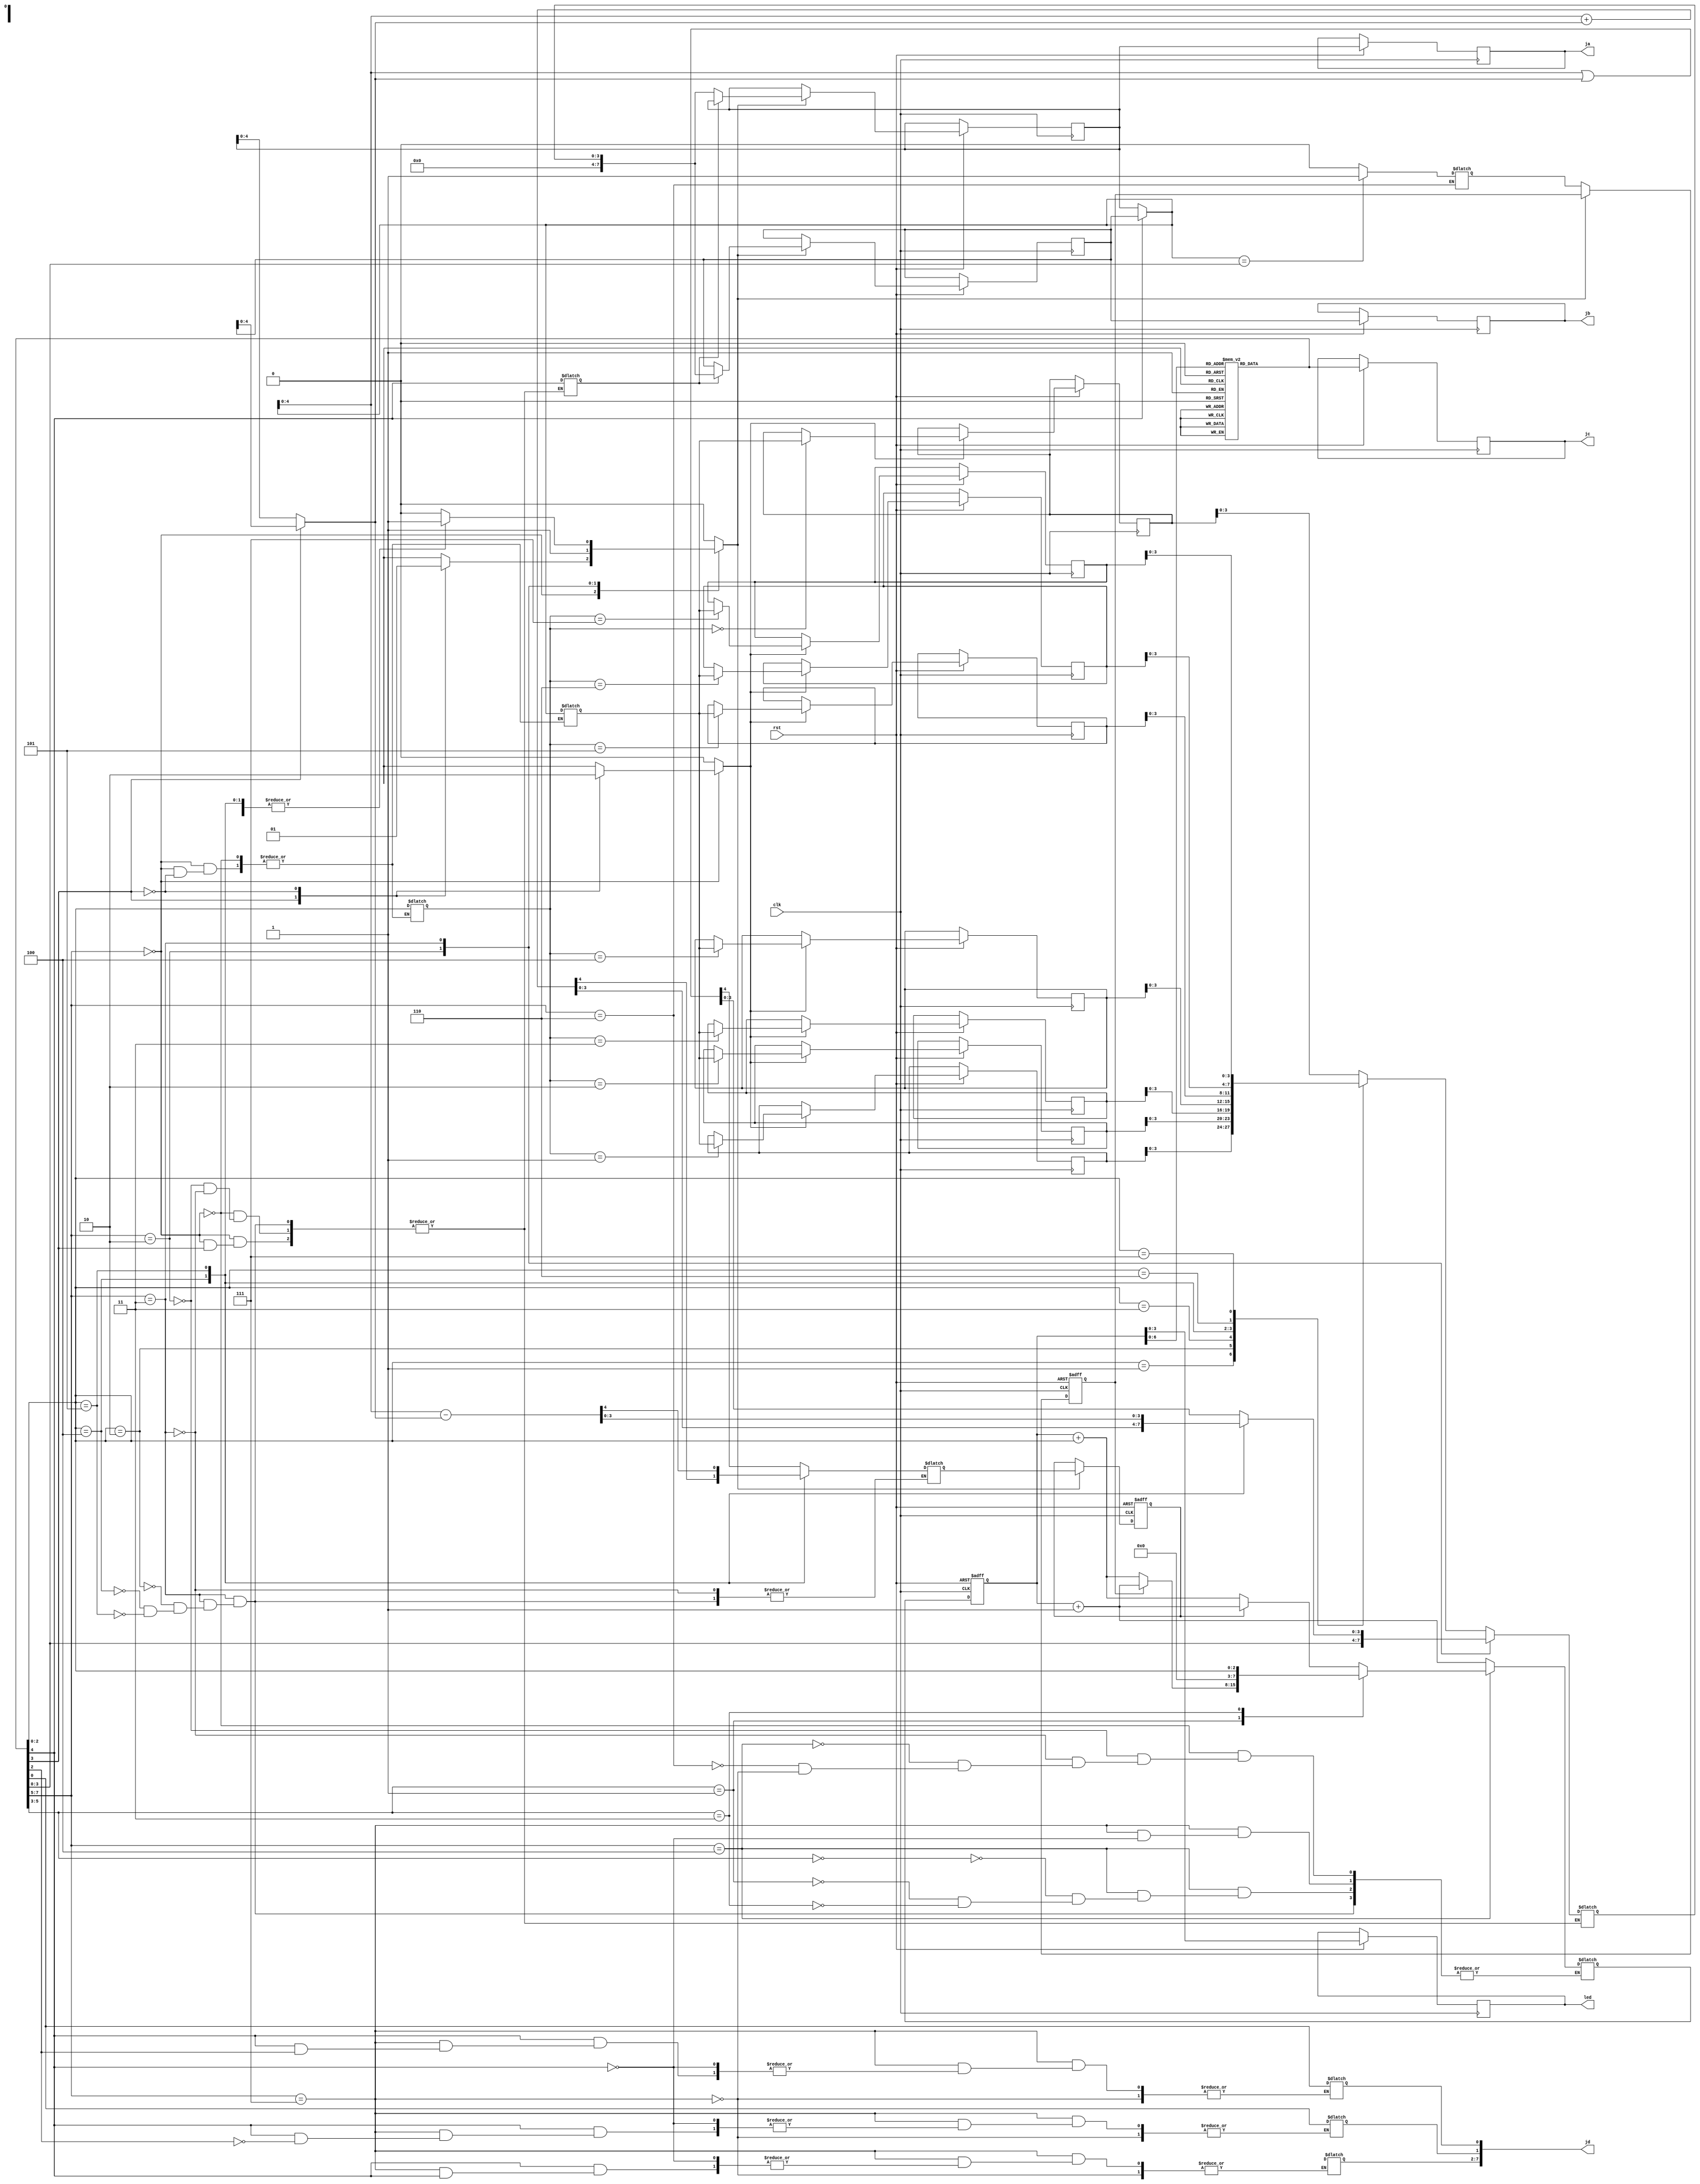
/*
 * Copyright (c) 2018, Itzik Kotler
 * All rights reserved.
 *
 * Redistribution and use in source and binary forms, with or without
 * modification, are permitted provided that the following conditions are met:
 *     * Redistributions of source code must retain the above copyright
 *       notice, this list of conditions and the following disclaimer.
 *     * Redistributions in binary form must reproduce the above copyright
 *       notice, this list of conditions and the following disclaimer in the
 *       documentation and/or other materials provided with the distribution.
 *     * Neither the name of the <organization> nor the
 *       names of its contributors may be used to endorse or promote products
 *       derived from this software without specific prior written permission.
 *
 * THIS SOFTWARE IS PROVIDED BY THE COPYRIGHT HOLDERS AND CONTRIBUTORS "AS IS" AND
 * ANY EXPRESS OR IMPLIED WARRANTIES, INCLUDING, BUT NOT LIMITED TO, THE IMPLIED
 * WARRANTIES OF MERCHANTABILITY AND FITNESS FOR A PARTICULAR PURPOSE ARE
 * DISCLAIMED. IN NO EVENT SHALL <COPYRIGHT HOLDER> BE LIABLE FOR ANY
 * DIRECT, INDIRECT, INCIDENTAL, SPECIAL, EXEMPLARY, OR CONSEQUENTIAL DAMAGES
 * (INCLUDING, BUT NOT LIMITED TO, PROCUREMENT OF SUBSTITUTE GOODS OR SERVICES;
 * LOSS OF USE, DATA, OR PROFITS; OR BUSINESS INTERRUPTION) HOWEVER CAUSED AND
 * ON ANY THEORY OF LIABILITY, WHETHER IN CONTRACT, STRICT LIABILITY, OR TORT
 * (INCLUDING NEGLIGENCE OR OTHERWISE) ARISING IN ANY WAY OUT OF THE USE OF THIS
 * SOFTWARE, EVEN IF ADVISED OF THE POSSIBILITY OF SUCH DAMAGE.
 */

module cpu
(
    input clk,
    input rst,
    output reg [3:0] led,
    output reg [7:0] ja,
    output reg [7:0] jb,
    output reg [7:0] jc,
    output reg [7:0] jd
);
    // Program Counter (i.e., PC)
    reg [7:0] pc, pc_next;

    // Carry & Zero Flags
    reg carry_flag, carry_flag_next, zero_flag, zero_flag_next;

    // Instruction Register
    wire [7:0]   instr;

    // Instruction Decoding
    wire dst_reg = instr[4];
    wire src_reg = instr[3];
    wire [2:0]  branch_condition = instr[5:3];
    wire [2:0]  rel_address = instr[2:0];
    wire [3:0]  immediate = instr[3:0];
    wire [2:0]  alu_opcode = instr[2:0];
    wire [2:0]  mem_address = instr[2:0];

    // Register file
    reg [7:0]   rf[1:0];
    reg         reg_we;
    reg [3:0]   reg_data;
    reg         reg_addr;

    // ROM
    reg [7:0]   rom[100:0];

    // ROM Program (i.e., python asm2rom_v.py -i program.asm)
    initial begin
    rom[0] = 8'b01000000; // lda $0
    rom[1] = 8'b01010001; // ldb $1
    rom[2] = 8'b11110100; // out $1, $0
    // _sleep_led_off:
    rom[3] = 8'b01101100; // add a, b
    rom[4] = 8'b11000111; // cmp a, $7
    rom[5] = 8'b10001110; // jne _sleep_led_off
    rom[6] = 8'b11110101; // out $1, $1
    // _sleep_led_on:
    rom[7] = 8'b01101101; // sub a, b
    rom[8] = 8'b11000000; // cmp a, $0
    rom[9] = 8'b10001110; // jne _sleep_led_on
    rom[10] = 8'b10011000; // jmp $0
    end

    // RAM
    reg [7:0]   ram[7:0];
    reg [7:0]   ram_addr;
    reg [7:0]   ram_in;
    reg         ram_we;

    // Fetch
    assign instr = rom[pc];

    // Decode & Execute
    always @(*) begin
        // Default Values
        ram_we = 0;
        reg_we = 0;

        case (instr[7:5])
        // MOV (A|B|MEM), (A|B|MEM)
        3'b000: begin
            pc_next = pc + 1;
            case (instr[3])
                // MOV (A|B), MEM
                1'b1: begin
                    ram_we = 1'b1;
                    ram_in = rf[dst_reg];
                    ram_addr = mem_address;
                // MOV MEM, (A|B)
                end
                1'b0: begin
                    reg_we = 1'b1;
                    reg_addr = dst_reg;
                    reg_data = ram[mem_address];
                end
                default: begin
                    $display("<%b> UNKNOWN MOV OPCODE", instr);
                end
            endcase
        end
        // LD(A|B), IMM4
        3'b010: begin
            // $display("LD REG #%b WITH: %h", dst_reg, immediate);
            pc_next = pc + 1;
            reg_we = 1'b1;
            reg_addr = dst_reg;
            reg_data = immediate;
            ram_we = 1'b0;
        end
        // ALU
        3'b011: begin
            // $display("ALU");
            case (alu_opcode)
                // OR (A|B), (A|B)
                3'b010: begin
                    pc_next = pc + 1;
                    reg_we = 1'b1;
                    reg_addr = dst_reg;
                    {carry_flag_next, reg_data} = rf[dst_reg] | rf[src_reg];
                end
                // ADD (A|B), (A|B)
                3'b100: begin
                    pc_next = pc + 1;
                    reg_we = 1'b1;
                    reg_addr = dst_reg;
                    {carry_flag_next, reg_data} = rf[dst_reg] + rf[src_reg];
                end
                // SUB (A|B), (A|B)
                3'b101: begin
                    pc_next = pc + 1;
                    reg_we = 1'b1;
                    reg_addr = dst_reg;
                    {carry_flag_next, reg_data} = rf[dst_reg] - rf[src_reg];
                end
                default: begin
                    $display("<%b> UNKNOWN ALU OPCODE", instr);
                end
            endcase
        end
        // BRANCH
        3'b100: begin
            case (branch_condition)
                // If Not Carry
                2'b00: begin
                    // $display("BRANCH JNC");
                    if (carry_flag == 1'b0) begin
                        pc_next = $signed(pc) + $signed(rel_address);
                    end else begin
                        pc_next = pc + 1;
                    end
                end
                // If Not Zero
                2'b01: begin
                    if (zero_flag == 1'b0) begin
                        pc_next = $signed(pc) + $signed(rel_address);
                    end else begin
                        pc_next = pc + 1;
                    end
                end
                // Absolute
                2'b11: begin
                    pc_next = rel_address;
                end
                default: begin
                    $display("<%b> UNKNOWN BRANCH OPCODE", instr);
                end
            endcase
        end
        // Arithmetic Compare
        3'b110: begin
            // $display("REG [%b] == %b", dst_reg, immediate);
            if (rf[dst_reg] == immediate) begin
                zero_flag_next = 1;
            end else begin
                zero_flag_next = 0;
            end
            pc_next = pc + 1;
        end
        // I/O
        3'b111: begin
            // I/O Mode
            case (instr[4])
                // Output
                1'b1: begin
                    jd[instr[2]] = instr[0];
                    pc_next = pc + 1;
                end
            default: begin
                $display("<%b> UNKNOWN I/O OPCODE", instr);
            end
            endcase
        end
        default: begin
            $display("<%b> UNKNOWN OPCODE", instr);
        end
    endcase
end

// Reset (OR) Write-back
always @(posedge clk or negedge rst) begin
    // Async Active Low Reset
    if (~rst) begin
        pc <= 0;
        carry_flag <= 0;
        zero_flag <= 0;
        $display("*** RESET ***");
    end else begin
        ja <= rf[0];
        jb <= rf[1];
        jc <= instr;
        led[3:0] <= pc;
        $display("[%b] RF[0] = %h, RF[1] = %h, PC = %h (NEXT: %h), INSTR = %b, OP = %b, CF = %b, ZF = %b", instr, rf[0], rf[1], pc, pc_next, instr, instr[7:5], carry_flag, zero_flag);

        // Increase Program Counter
        pc <= pc_next;

        // Write to Register File
        if (reg_we) begin
            rf[reg_addr] <= reg_data;
            carry_flag <= carry_flag_next;
        end else begin
            zero_flag <= zero_flag_next;
        end

        // Write to RAM
        if (ram_we) begin
            ram[ram_addr] <= ram_in;
        end
    end
end

endmodule